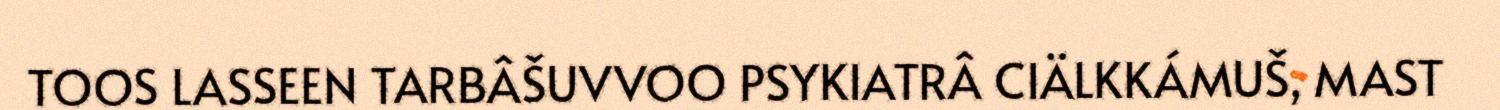
TOOS LASSEEN TARBÂŠUVVOO PSYKIATRÂ CIÄLKKÁMUŠ, MAST